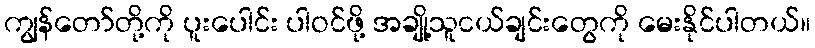
ကျွန်တော်တို့ကို ပူးပေါင်း ပါဝင်ဖို့ အချို့သူငယ်ချင်းတွေကို မေးနိုင်ပါတယ်။